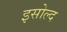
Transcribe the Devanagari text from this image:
इसोल्द